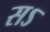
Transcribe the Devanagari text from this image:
सऽ